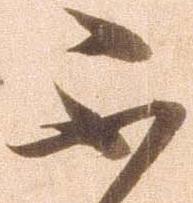
不